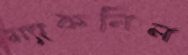
ম্যাকনিল